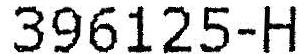
396125-H